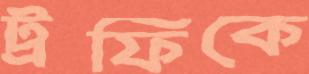
ট্রফিকে